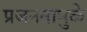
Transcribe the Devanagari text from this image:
प्रजननामुळे